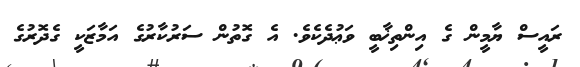
ރައީސް ޔާމީން ގެ އިންތިޚާބީ ވަޢުދެކެވެ. އެ ގޮތުން ސަރުކާރުގެ އަމާޒަކީ ގެދޮރުގެ